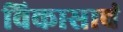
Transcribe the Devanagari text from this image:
विकासाचं